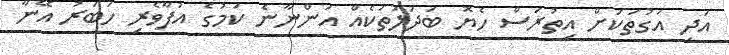
އަދި އަގުތަކަށް އިތުރަސް ހެޔޮ ބަދަލުތަކެއް އަންނާނެ ކަމުގެ އުފާވެރި ހަބަރު އޭނާ